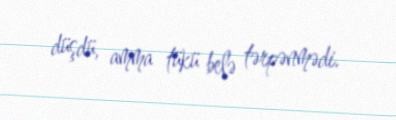
düşdü, amma tükü belə tərpənmədi.